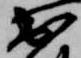
出